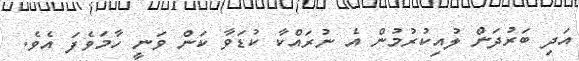
އަދި ބަރުދަން ލުއިކުރުމުން އެ ނުރައްކާ ކުޑަވާ ކަން ވަނީ ހާމަވެފަ އެވެ.